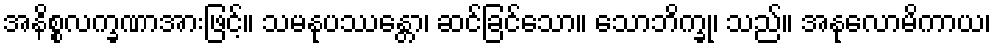
အနိစ္စလက္ခဏာအားဖြင့်။ သမနုပဿန္တော၊ ဆင်ခြင်သော။ သောဘိက္ခု၊ သည်။ အနုလောမိကာယ၊